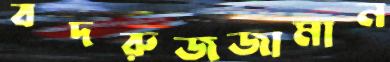
বদরুজজামান